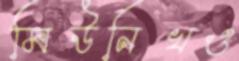
মিউনিখও